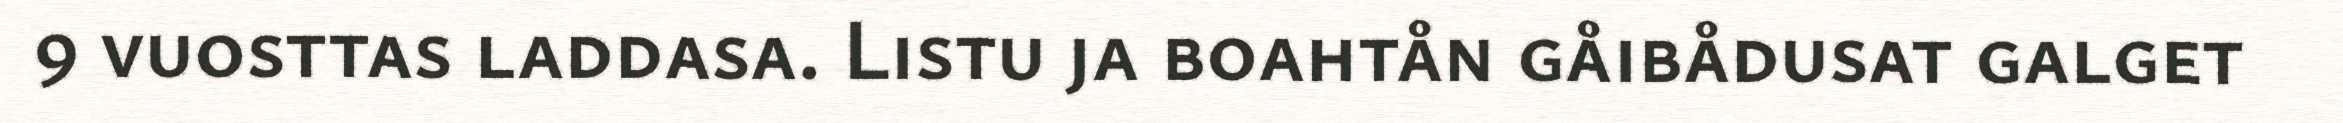
9 vuosttas laddasa. Listu ja boahtån gåibådusat galget